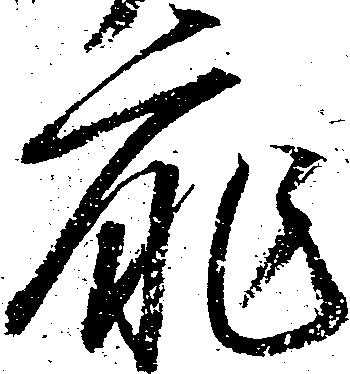
扉